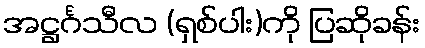
အဋ္ဌင်္ဂသီလ (ရှစ်ပါး)ကို ပြဆိုခန်း